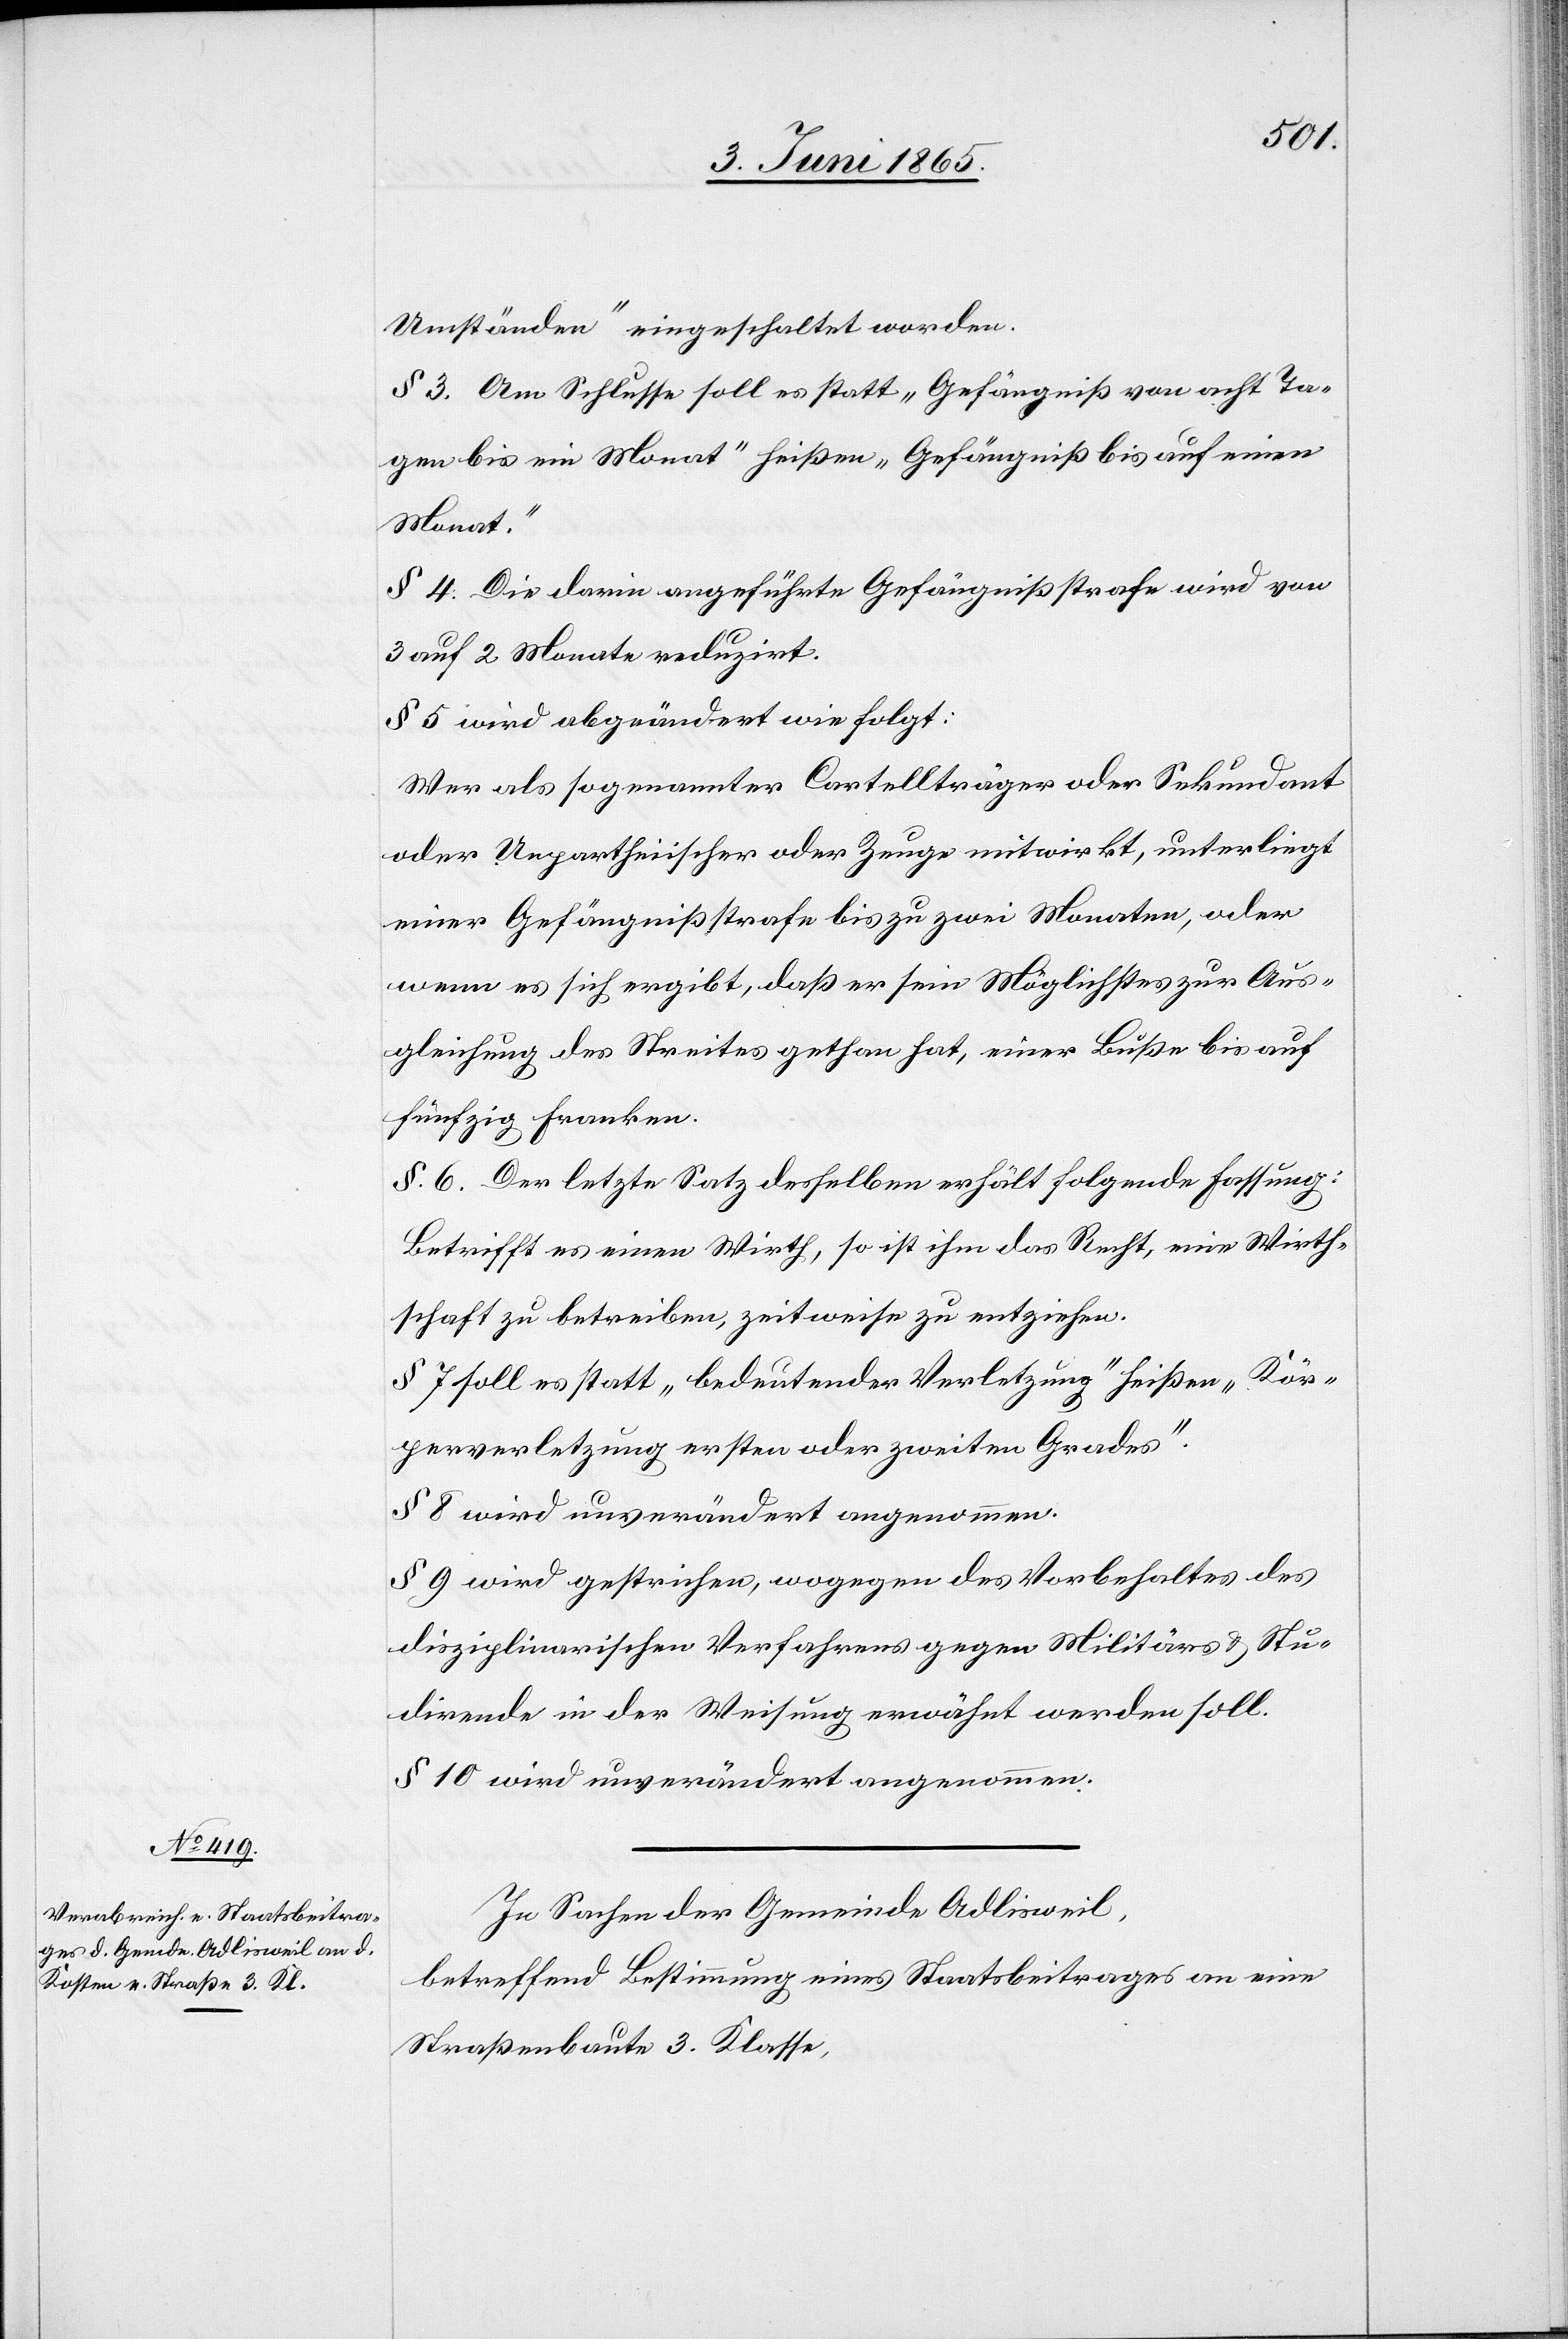
Umständen“ eingeschaltet worden.
§ 3. Am Schlusse soll es statt „Gefängniß von acht Ta¬
gen bis ein Monat“ heißen „Gefängniß bis auf einen
Monat.“
§ 4. Die darin angeführte Gefängnißstrafe wird von
3 auf 2 Monate reduzirt.
§ 5 wird abgeändert wie folgt:
Wer als sogenannter Cartellträger oder Sekundant
oder Unpartheiischer oder Zeuge mitwirkt, unterliegt
einer Gefängnißstrafe bis zu zwei Monaten, oder
wenn es sich ergibt, daß er sein Möglichstes zur Aus¬
gleichung des Streites gethan hat, einer Buße bis auf
fünfzig Franken.
§ 6. Der letzte Satz desselben erhält folgende Fassung:
Betrifft es einen Wirth, so ist ihm das Recht, eine Wirth¬
schaft zu betreiben, zeitweise zu entziehen.
§ 7 soll es statt „bedeutender Verletzung“ heißen „Kör¬
perverletzung ersten oder zweiten Grades“.
§ 8 wird unverändert angenommen.
§ 9 wird gestrichen, wogegen des Vorbehaltes des
disziplinarischen Verfahrens gegen Militärs & Stu¬
dirende in der Weisung erwähnt werden soll.
§ 10 wird unverändert angenommen.
In Sachen der Gemeinde Adlisweil,
betreffend Bestimmung eines Staatsbeitrages an eine
Straßenbaute 3. Klasse,